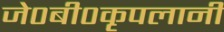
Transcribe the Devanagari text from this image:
जे०बी०कृपलानी